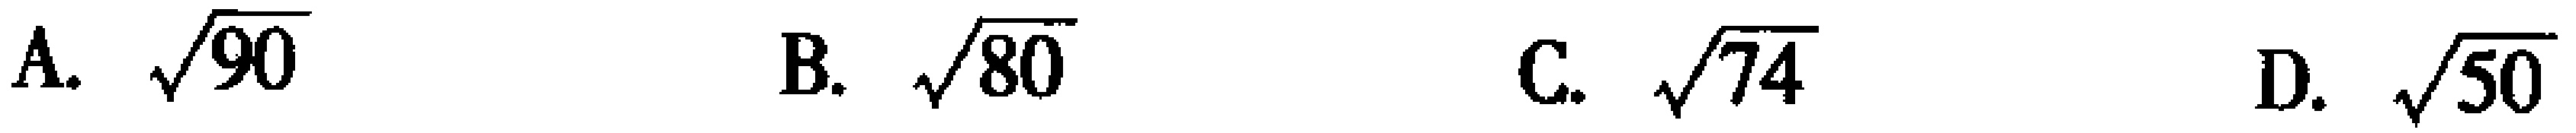
A. $\sqrt{90}$  B. $\sqrt{80}$  C. $\sqrt{74}$  D. $\sqrt{50}$